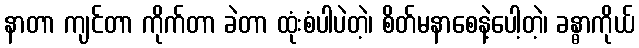
နာတာ ကျင်တာ ကိုက်တာ ခဲတာ ထုံးစံပါပဲတဲ့၊ စိတ်မနာစေနဲ့ပေါ့တဲ့၊ ခန္ဓာကိုယ်